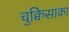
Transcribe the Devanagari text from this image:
चुक्विसाका